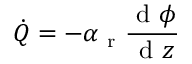
\dot { Q } = - \alpha _ { \mathrm { ~ r ~ } } \frac { \mathrm { ~ d ~ } \phi } { \mathrm { ~ d ~ } z }